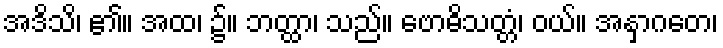
အဒိသိ၊ ၏။ အထ၊ ၌။ ဘတ္ထာ၊ သည်။ ဗောဓိသတ္တံ၊ ဝယ်။ အနှာဂတေ၊